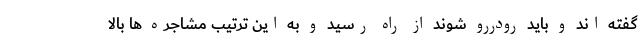
گفته اند و باید رودررو شوند از راه رسید و به این ترتیب مشاجره ها بالا